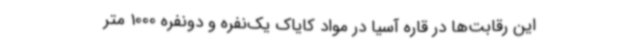
این رقابت‌ها در قاره آسیا در مواد کایاک یک‌نفره و دونفره 1000 متر